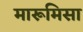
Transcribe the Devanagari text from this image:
मारूमिसा